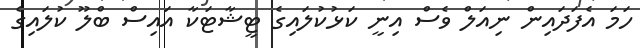
ހަމަ އެފަދައިން ނިއަލް ވެސް އިނީ ކަޅުކުލައިގެ ޓީޝާޓަކާ އައިސް ބްލޫ ކުލައިގެ